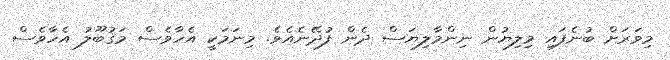
މިވަރަށް ބުނެފައި މިލިޔުން ނިންމާލިޔަސް ދެން ފުދޭނެއެވެ. މިނަމަކީ އެހާވެސް މަޤުބޫލު އެހާވެސް